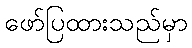
ဖော်ပြထားသည်မှာ